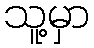
သူ့မှာ